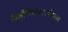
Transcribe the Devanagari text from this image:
विलीनीकरणापर्यंतप्रत्येक